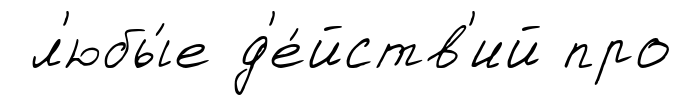
л'юбы́е д'е́йств'ий про